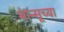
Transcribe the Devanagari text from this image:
मान्सूच्या